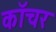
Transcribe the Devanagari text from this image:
कॉचर